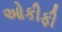
ઓકીફી